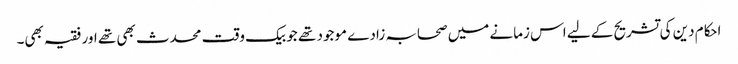
احکام دین کی تشریح کے لیے اس زمانے میں صحابہ زادے موجود تھے جو بیک وقت محدث بھی تھے اور فقیہ بھی۔